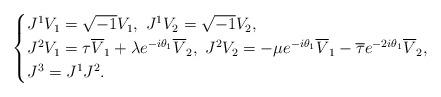
LaTeX: \begin{align*}\begin{cases}J^1V_1=\sqrt{-1}V_1,~J^1V_2=\sqrt{-1}V_2,\\J^2V_1=\tau\overline{V}_1+\lambda e^{-i\theta_1}\overline{V}_2,~J^2{V}_2=-\mu e^{-i\theta_1}\overline{V}_1-\overline{\tau}e^{-2i\theta_1}\overline{V}_2,\\J^3=J^1J^2.\end{cases}\end{align*}